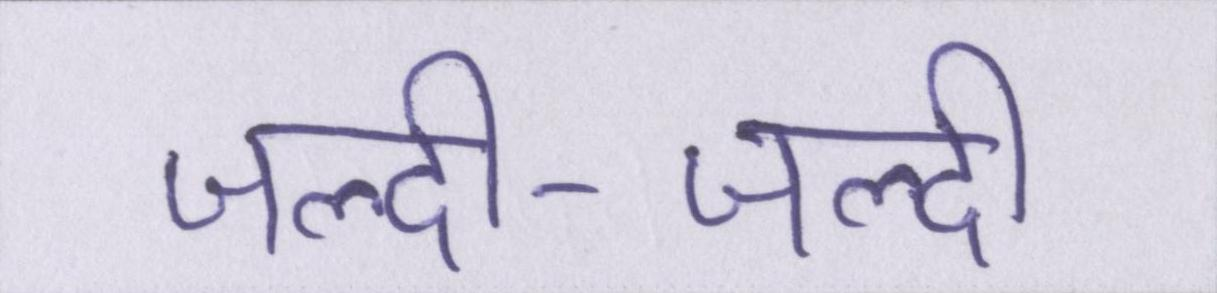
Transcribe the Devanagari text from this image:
जल्दी-जल्दी